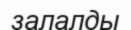
залалды